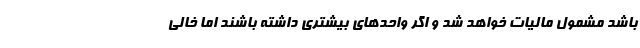
باشد مشمول مالیات خواهد شد و اگر واحدهای بیشتری داشته باشند اما خالی